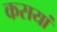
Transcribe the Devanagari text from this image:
कसयां